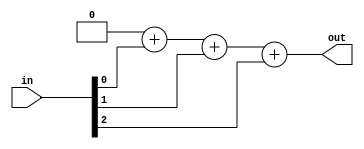
module top_module(
    input [2:0] in,
    output [1:0] out );

    integer i;

    always@(*) begin
        out = 2'b0;
        for (i = 0; i < 3; i = i + 1)
            out = out + in[i];
    end

endmodule